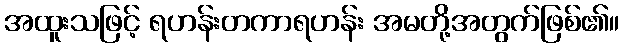
အထူးသဖြင့် ရဟန်းတကာရဟန်း အမတို့အတွက်ဖြစ်၏။